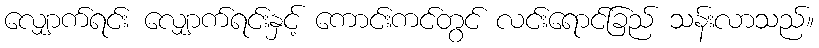
လျှောက်ရင်း လျှောက်ရင်းနှင့် ကောင်းကင်တွင် လင်းရောင်ခြည် သန်းလာသည်။